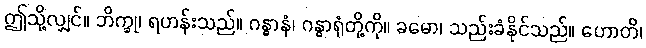
ဤသို့လျှင်။ ဘိက္ခု၊ ရဟန်းသည်။ ဂန္ဓာနံ၊ ဂန္ဓာရုံတို့ကို။ ခမော၊ သည်းခံနိုင်သည်။ ဟောတိ၊